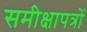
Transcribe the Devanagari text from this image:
समीक्षापत्रों